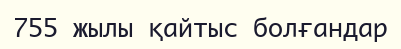
755 жылы қайтыс болғандар